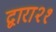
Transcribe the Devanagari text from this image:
द्वारा२१